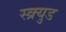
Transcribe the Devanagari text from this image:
स्क्र्युड